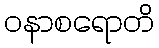
ဝနာစရောတိ